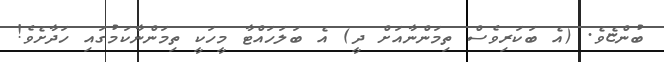
ބުންޏެވެ. (އެ ބަކަރިވެސް ތިމަންނާއަށް ދީ) އެ ބަލަހައްޓާ މީހަކީ ތިމަންނާކަމުގައި ހަދާށެވެ!